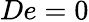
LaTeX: De=0